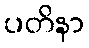
ပတိနာ